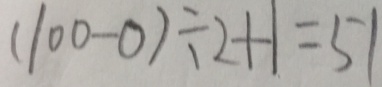
( 1 0 0 - 0 ) \div 2 + 1 = 5 1